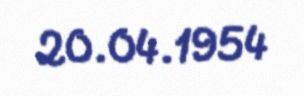
20.04.1954